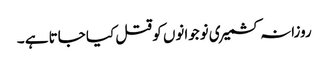
روزانہ کشمیری نوجوانوں کو قتل کیا جاتا ہے ۔